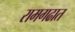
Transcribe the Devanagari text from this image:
रामगढात